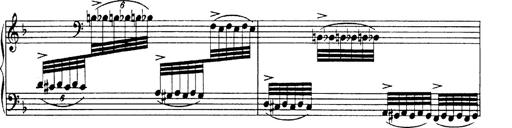
Title: Hungarian Rhapsody No.19
Composer: Franz Liszt
Key: D minor